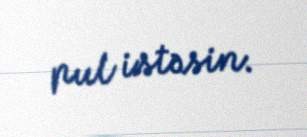
pul istəsin.